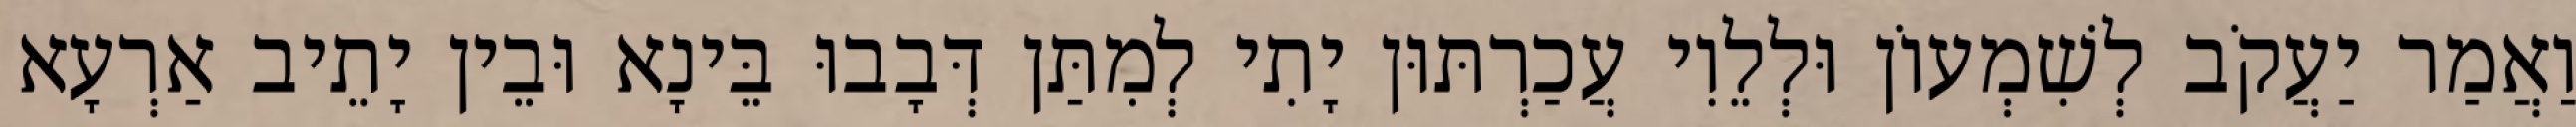
וַאֲמַר יַעֲקֹב לְשִׁמְעוֹן וּלְלֵוִי עֲכַרְתּוּן יָתִי לְמִתַּן דְּבָבוּ בֵּינָא וּבֵין יָתֵיב אַרְעָא